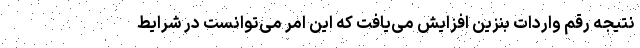
نتیجه رقم واردات بنزین افزایش می‌یافت که این امر می‌توانست در شرایط